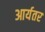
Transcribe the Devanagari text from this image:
आर्यतर